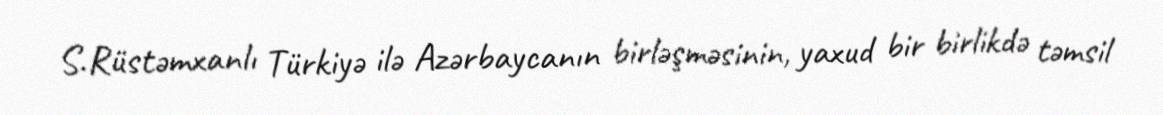
S.Rüstəmxanlı Türkiyə ilə Azərbaycanın birləşməsinin, yaxud bir birlikdə təmsil